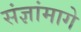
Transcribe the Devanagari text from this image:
संज्ञांमागे